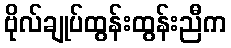
ဗိုလ်ချုပ်ထွန်းထွန်းညီက